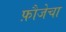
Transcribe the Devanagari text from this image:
फ़ौजेचा